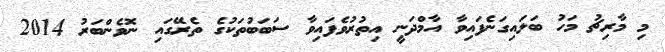
މި މާރިޗު މަހު ބަލައިގަނެފައިވާ އާމްދަނީ އިތުރުވެފައިވާ ސަބަބުތަކުގެ ތެރޭގައި ނޮވެންބަރު 2014